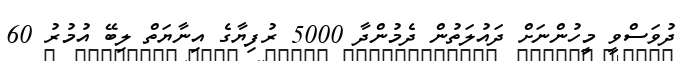
ދުވަސްވީ މީހުންނަށް ދައުލަތުން ދެމުންދާ 5000 ރުފިޔާގެ އިނާޔަތް ލިބޭ އުމުރު 60